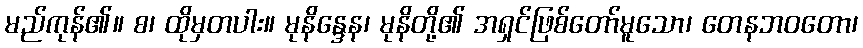
မည်ကုန်၏။ စ၊ ထိုမှတပါး။ မုနိန္ဒေန၊ မုနိတို့၏ အရှင်ဖြစ်တော်မူသော၊ တေနဘဝတော၊